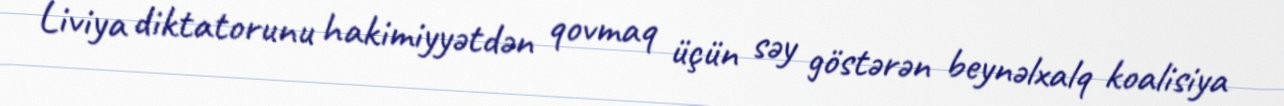
Liviya diktatorunu hakimiyyətdən qovmaq üçün səy göstərən beynəlxalq koalisiya